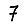
Digit: 7